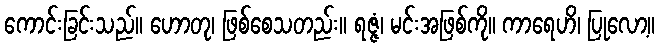
ကောင်းခြင်းသည်။ ဟောတု၊ ဖြစ်စေသတည်း။ ရဇ္ဇံ၊ မင်းအဖြစ်ကို။ ကာရေဟိ၊ ပြုလော့။